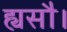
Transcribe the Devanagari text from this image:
ह्यसौ।